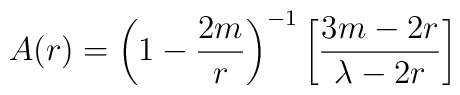
A(r)=\left(1-\frac{2m}{r}\right)^{-1}\left[\frac{3m-2r}{\lambda-2r}\right]